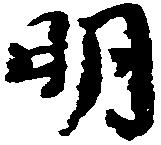
明